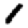
Digit: 1